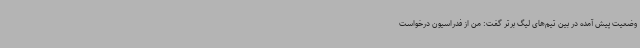
وضعیت پیش آمده در بین تیم‌های لیگ برتر گفت: من از فدراسیون درخواست